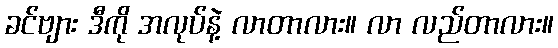
ခင်ဗျား ဒီကို အလုပ်နဲ့ လာတာလား။ လာ လည်တာလား။